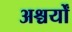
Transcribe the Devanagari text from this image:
अश्चर्यों